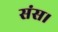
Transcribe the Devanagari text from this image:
संस।